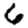
Digit: 6